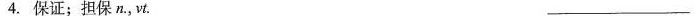
4.保证；担保n.，vt.___